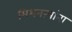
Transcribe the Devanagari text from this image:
मिशनऱ्यांना